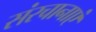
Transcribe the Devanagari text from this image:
संरचानाएं